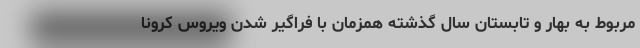
مربوط به بهار و تابستان سال گذشته همزمان با فراگیر شدن ویروس کرونا